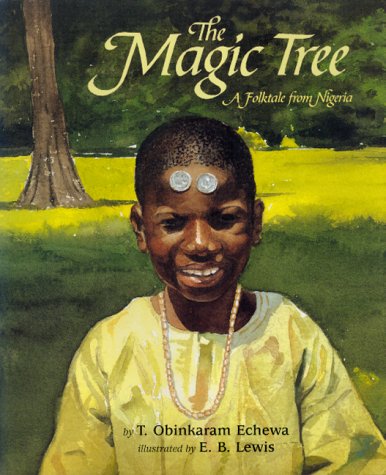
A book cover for The Magic Tree: A Folktale from Nigeria; T. Obinkaram Echewa; Children's Books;